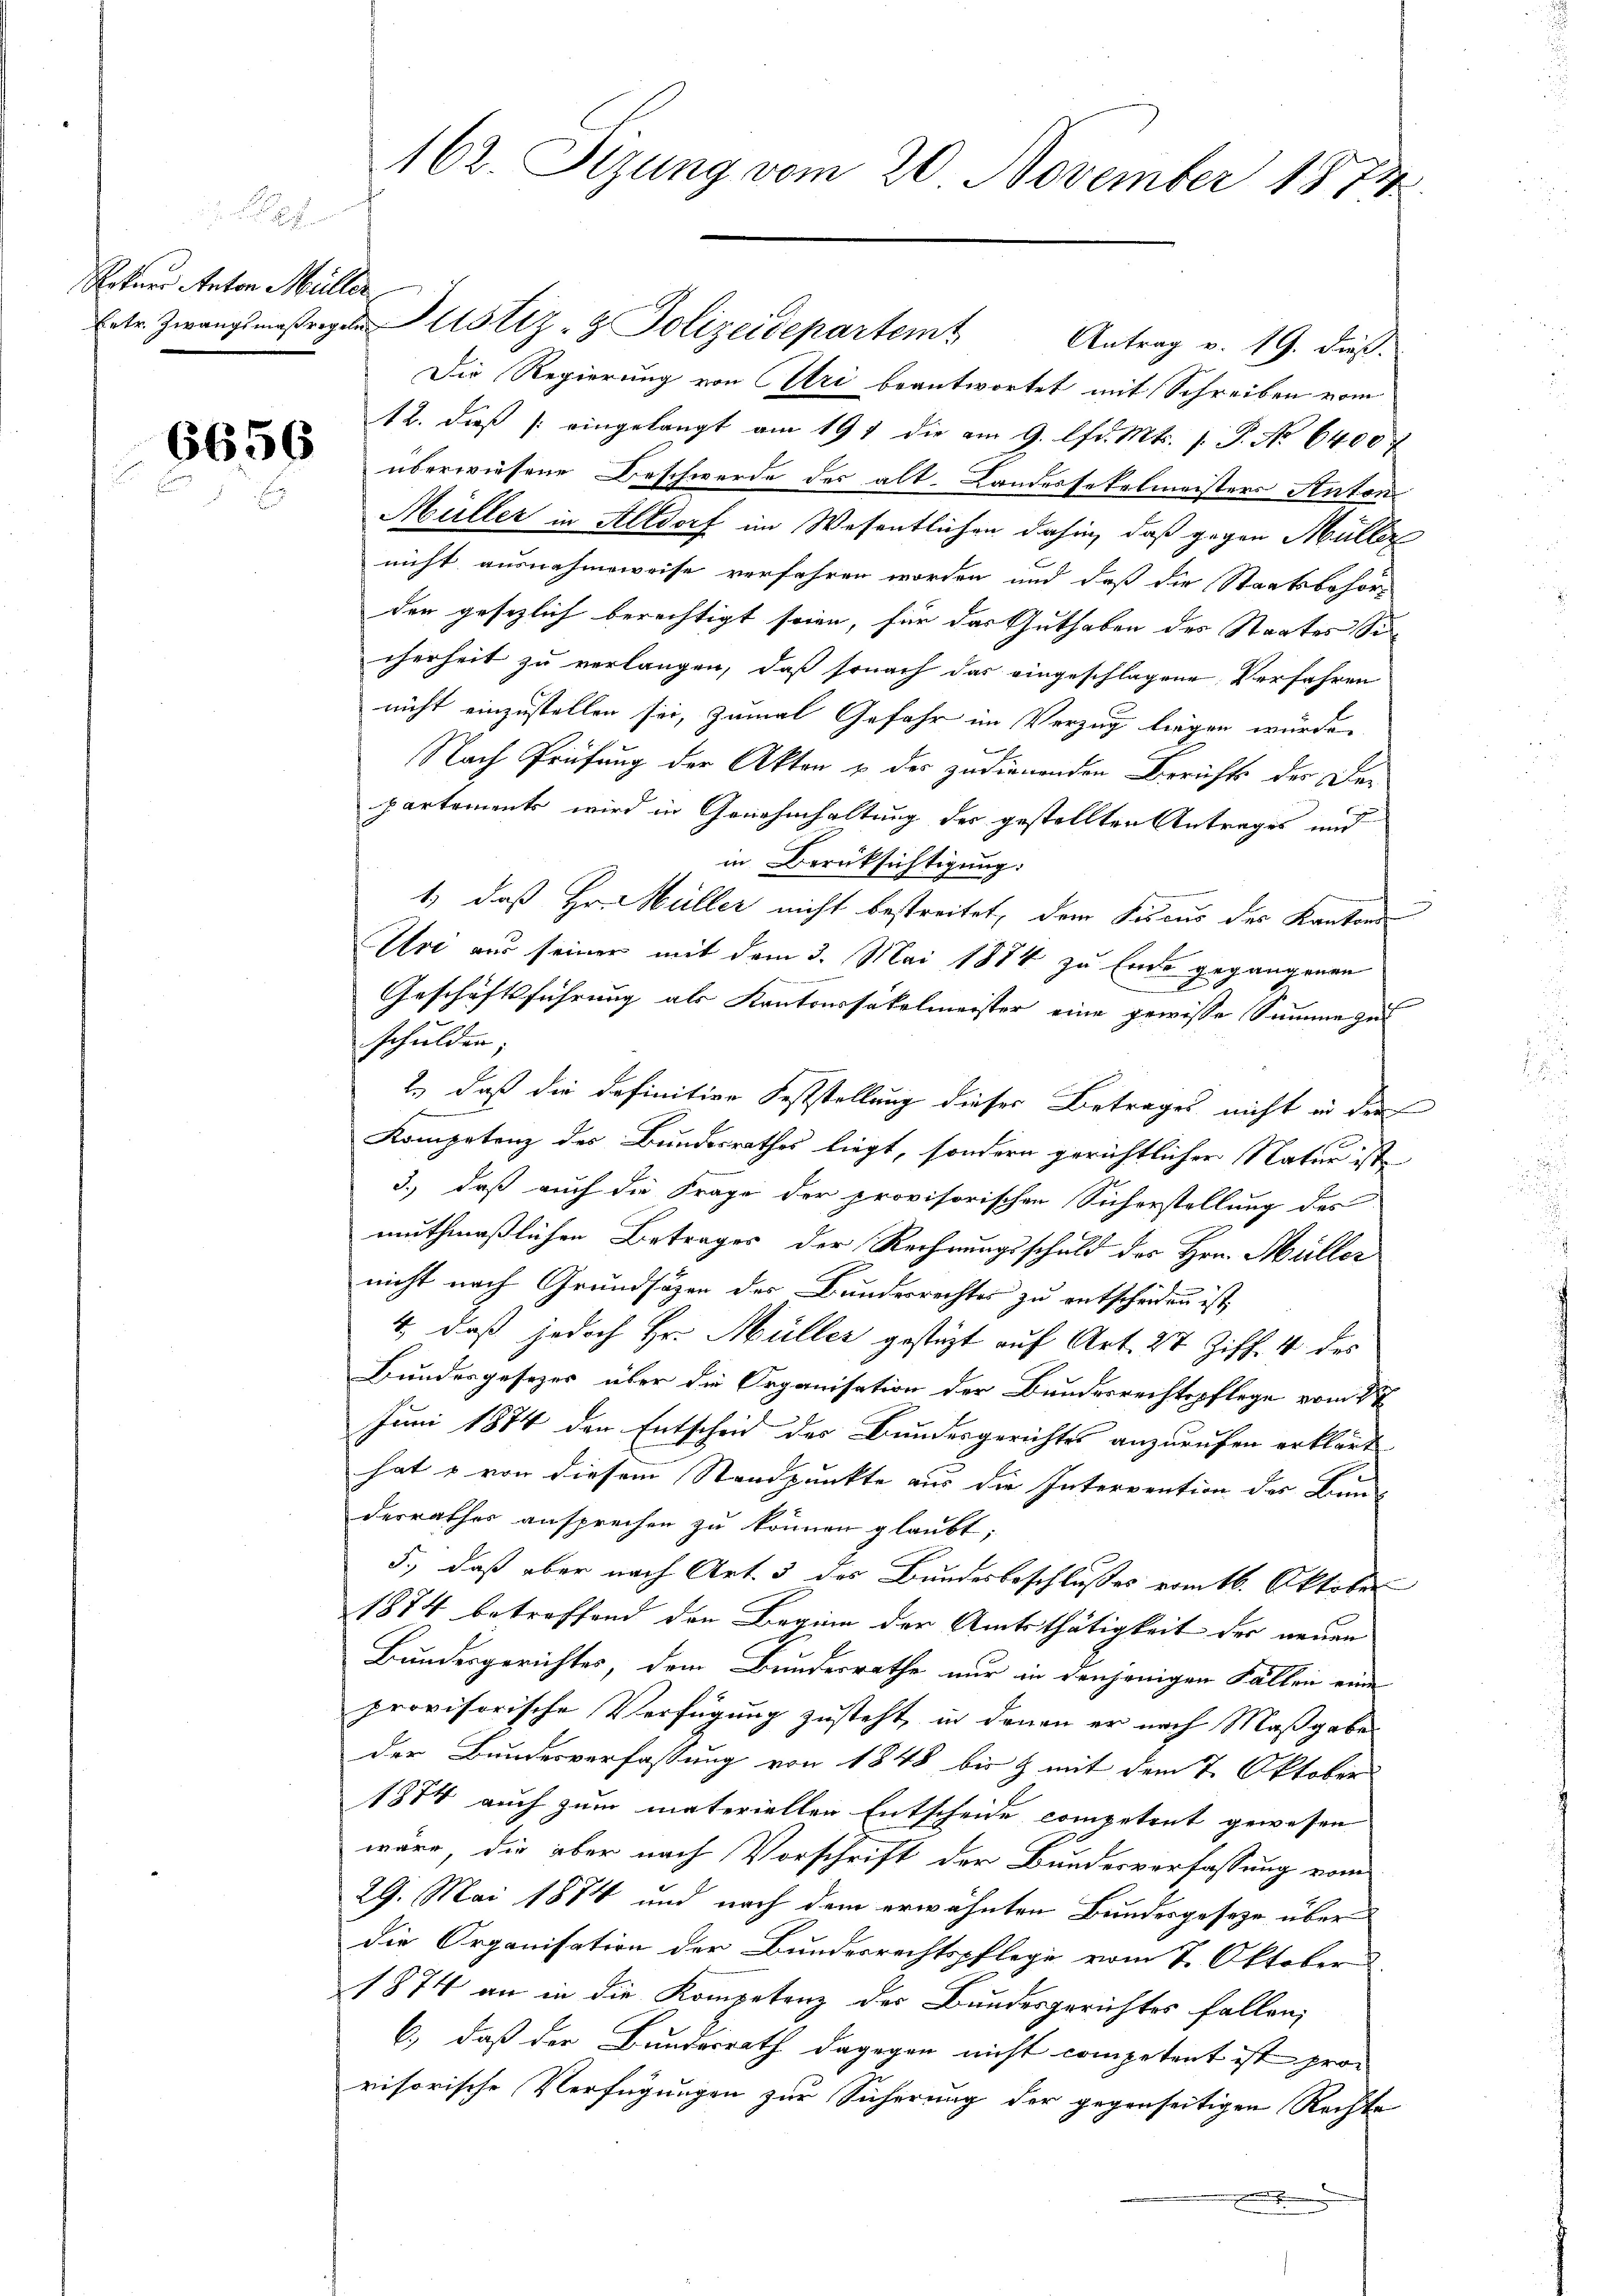
Reters Anton Müller

6656

162. Sizung vom 20. November 1874

Ertr. Zwangsmäßigen Altstiz- & Polizeidepartem Antrag v. 19. dieß.
Die Regierung von Uri beantwortet mit Schreiben vom
12. dieß eingelangt am 19 t die am 9. lfd. Mts. 1. P. No 6400 f
überwiesene Beschwerde des alt. Landessekalmeisters Anton
Müller in Altdorf im Wesentlichen dahin, daß gegen Müller
nicht ausnahmsweise verfahren worden und daß die Staatsbehörden gesezlich berechtigt seien, für das Guthaben des Staates Sicherheit zu verlangen, daß sonach das eingeschlagene Verfahren
nicht einzustellen sei, zumal Gefahr im Verzug liegen würde.
Nach Prüfung der Akten & der zudienenden Berichts der Departements wird in Genehmhaltung der gestellten Antrages und
in Berüksichtigung:
1) daß Hr. Müller nicht bestreitet, dem Fiscus des Kanton
Uri aus seiner mit dem 3. Mai 1884 zu Ende gegangenen
Geschäftsführung als Kantonssakelmeister eine gewisse Summe zus
schulden;
2.) daß die definitive Feststellung dieser Betrages nicht in den
Kompetenz des Bundesrathes liegt, sondern gerichtlicher Natur ist
3.) daß auch die Frage der provisorischen Sicherstellung des
muthmaßlichen Betrages der Rechnungsschuld des Hrn. Müller
nicht nach Grundsätzen des Bundesrechtes zu entscheiden ist,
4., daß jedoch Hr. Müller gestüzt auf Art. 27 Ziff. 4 des
Bundesgesezes über die Organisation der Bundesrechtspflege vom 27
Juni 1884 den Entscheid des Bundesgerichtes anzurufen erklärt
hat & von diesem Standpunkte aus die Intervention des Bun-
derrathes ansprechen zu können glaubt;
5., daß aber nach Art. 5 des Bundesbeschlußes vom 16. Oktober
1874 betreffend den Beginn der Amtsthätigkeit der neuen
Bundesgerichtes, dem Bundesrathe nur in denjenigen Fällen eine
provisorische Verfügung zusteht, in denen er nach Maßgabe
der Bundesverfassung von 1848 bis & mit dem 7. Oktobers
1874 auch zum materiellen Entscheide competent gewesen
wäre, die aber nach Vorschrift der Bundesverfassung vom
29. Mai 1884 und nach dem erwähnten Bundesgeseze überdie Organisation der Bundesrechtspflege vom 7. Oktober
1874 an in die Kompetenz des Bundesgerichtes fallen;
6.) daß der Bundesrath dagegen nicht competent ist provisorische Verfügungen zur Sicherung der gegenseitigen Rechte
.